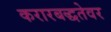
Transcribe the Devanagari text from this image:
करारबद्धतेवर